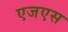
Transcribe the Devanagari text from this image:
एजएस